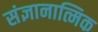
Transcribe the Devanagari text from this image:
संज्ञानात्मिक